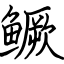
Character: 鳜